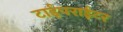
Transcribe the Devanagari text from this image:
टाईपराईटर